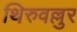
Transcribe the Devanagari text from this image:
थिरुवल्लुर